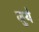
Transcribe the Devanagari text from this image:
जुये